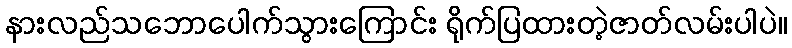
နားလည်သဘောပေါက်သွားကြောင်း ရိုက်ပြထားတဲ့ဇာတ်လမ်းပါပဲ။